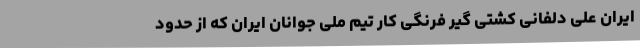
ایران علی دلفانی کشتی گیر فرنگی کار تیم ملی جوانان ایران که از حدود